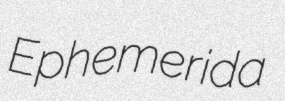
Ephemerida